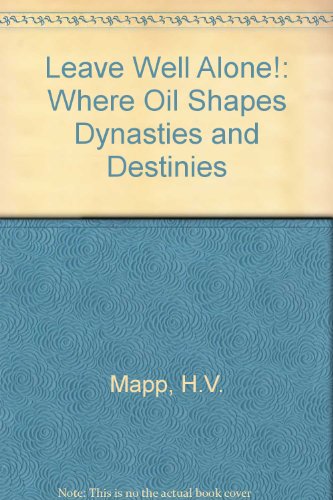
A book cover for Leave Well Alone!: Where Oil Shapes Dynasties and Destinies; H.V. Mapp; History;